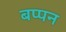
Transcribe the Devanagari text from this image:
बप्पन